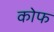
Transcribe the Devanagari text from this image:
कोफ